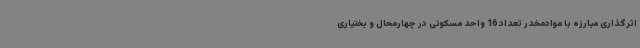
اثرگذاری مبارزه با موادمخدر تعداد 16 واحد مسکونی در چهارمحال و بختیاری